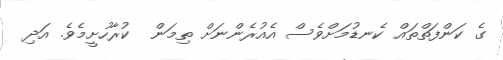
ގެ ކަންފަތްތައް ކެނޑުމަށްވެސް އެއުރެންނަށް ތިމަން  ކުރާހުށީމެވެ. އަދި